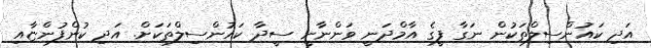
އަދި ކައުންސިލްތަކުން ނަގާ ފީގެ އާމްދަނީ ވަންނާނީ ސީދާ ކައުންސިލްތަކަށް. އަދި ކުންފުންޏާއި